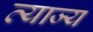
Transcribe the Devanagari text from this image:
त्‍याज्‍य